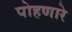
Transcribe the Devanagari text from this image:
पोहणारे